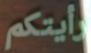
رأيتكم